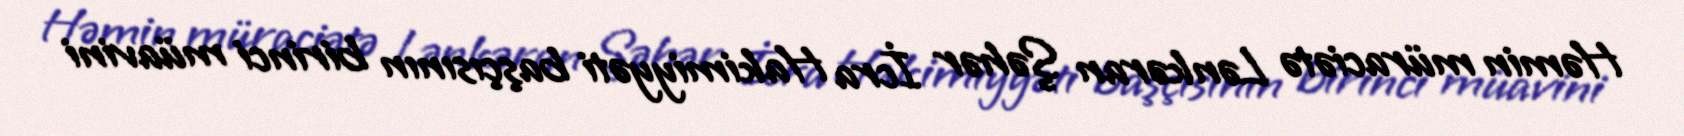
Həmin müraciətə Lənkəran Şəhər İcra Hakimiyyəti başçısının birinci müavini